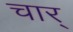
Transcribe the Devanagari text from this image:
चार्